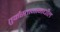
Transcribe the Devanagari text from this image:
तुर्कस्तानामधील